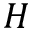
H